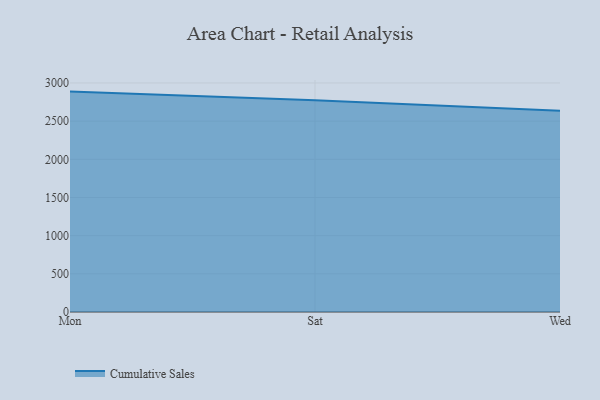
{"axis": {"x": "Day", "y": "Website Visitors"}, "legend": ["Cumulative Sales"], "data": [{"x": "Mon", "y": 2886.8, "type": "Cumulative Sales"}, {"x": "Sat", "y": 2772.0, "type": "Cumulative Sales"}, {"x": "Wed", "y": 2637.5, "type": "Cumulative Sales"}]}